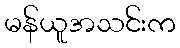
မန်ယူအသင်းက